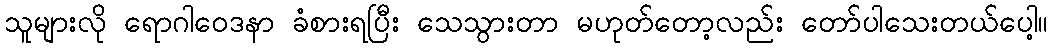
သူများလို ရောဂါဝေဒနာ ခံစားရပြီး သေသွားတာ မဟုတ်တော့လည်း တော်ပါသေးတယ်ပေါ့။